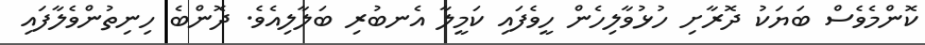
ކޮންމެވެސް ބަޔަކު ދޮރާށި ހުޅުވާލިހެން ހީވެފައި ކަމީލާ އެނބުރި ބަލާލިއެވެ. ދޮންބެ ހިނިތުންވެލާފައި